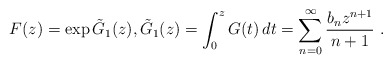
\begin{align*}F(z)= \exp \tilde G_1(z), \tilde G_1(z)=\int_0^z G(t)\,dt = \sum_{n=0}^\infty \frac{b_n z^{n+1}}{n+1}\ .\end{align*}